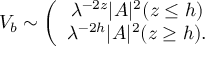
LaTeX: V _ { b } \sim \left( \begin{array} { c } { { \lambda ^ { - 2 z } | A | ^ { 2 } ( z \leq h ) } } \\ { { \lambda ^ { - 2 h } | A | ^ { 2 } ( z \geq h ) . } } \end{array} \right.